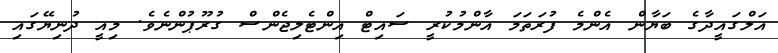
އަލްގައީދާގެ ބަޔާން އެންމެ ފުރަތަމަ އާންމުކުރީ ސައިޓް އިންޓެލިޖެންސް ގުރޫޕުންނެވެ. މިއީ ދުނިޔޭގައި